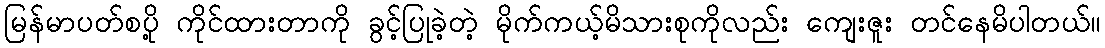
မြန်မာပတ်စပို့ ကိုင်ထားတာကို ခွင့်ပြုခဲ့တဲ့ မိုက်ကယ့်မိသားစုကိုလည်း ကျေးဇူး တင်နေမိပါတယ်။